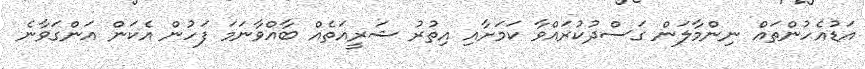
އަޑުއެހުންތައް ނިންމާލަން ގަސްދުކުރައްވާ ކަމަށާއި އިތުރު ޝަރީއަތެއް ބާއްވާނަމަ ފަހުން އެކަން އަންގަވާނެ